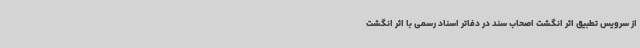
از سرویس تطبیق اثر انگشت اصحاب سند در دفاتر اسناد رسمی با اثر انگشت